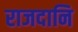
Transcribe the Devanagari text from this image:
राजदानि